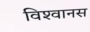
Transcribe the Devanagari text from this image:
विश्‍वानस